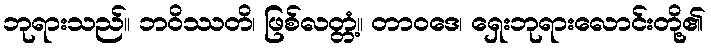
ဘုရားသည်။ ဘဝိဿတိ၊ ဖြစ်လတ္တံ့။ တာဝဒေ၊ ရှေးဘုရားလောင်းတို့၏